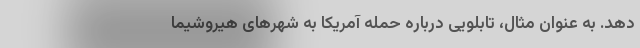
دهد. به عنوان مثال، تابلویی درباره حمله آمریکا به شهرهای هیروشیما